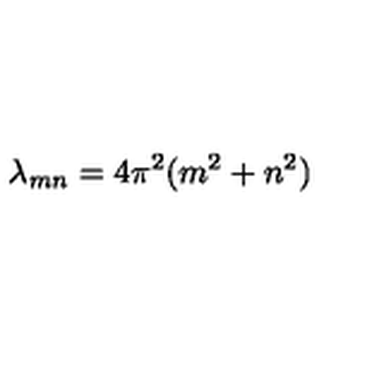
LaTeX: \lambda _ { m n } = 4 \pi ^ { 2 } ( m ^ { 2 } + n ^ { 2 } )